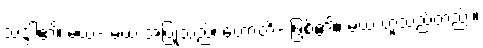
သဒ္ဒါ၏၊ မယံ- မယံ အပြုသည်၊ ဟောတိ- ဖြစ်၏။ မယံ ဟူသည်တည်း။